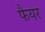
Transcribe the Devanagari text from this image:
फैयर